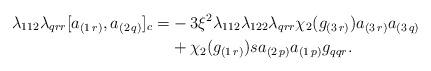
LaTeX: \begin{align*}\lambda_{112} \lambda_{qrr}[a_{(1\,r)},a_{(2\,q)}]_c=&-3\xi^2\lambda_{112}\lambda_{122} \lambda_{qrr}\chi_2(g_{(3\,r)})a_{(3\,r)}a_{(3\,q)}\\&+\chi_2(g_{(1\,r)})sa_{(2\,p)}a_{(1\,p)}g_{qqr}.\end{align*}